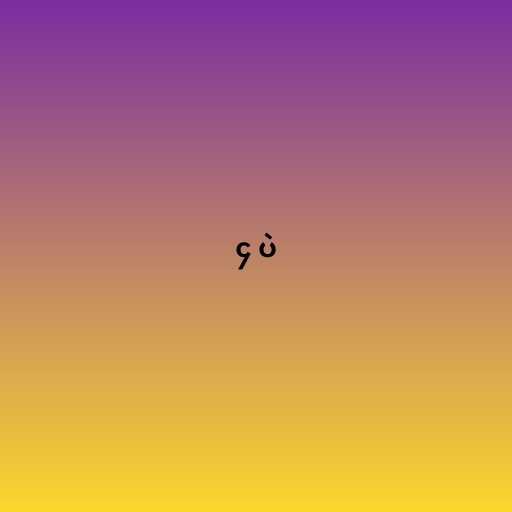
၄ ပဲ